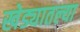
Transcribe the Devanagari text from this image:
खेड्यातल्या